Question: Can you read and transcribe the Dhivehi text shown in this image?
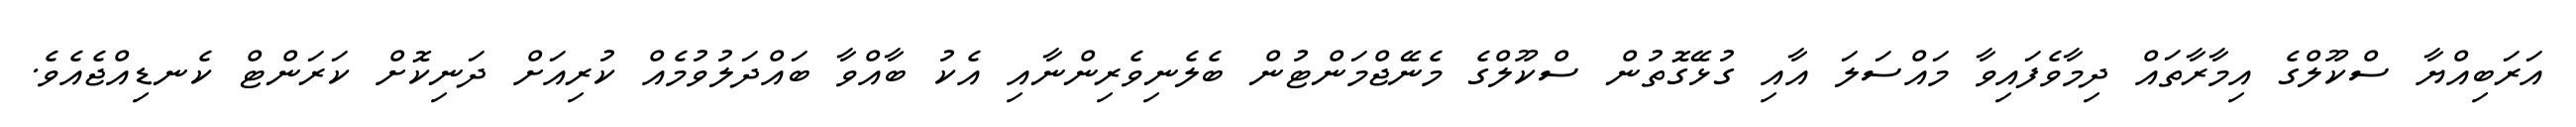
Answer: އަރަބިއްޔާ ސްކޫލްގެ އިމާރާތައް ދިމާވެފައިވާ މައްސަލަ އާއި ގުޅޭގޮތުން ސްކޫލްގެ މެނޭޖްމަންޓުން ބެލެނިވެރިންނާއި އެކު ބާއްވާ ބައްދަލުވުމެއް ކުރިއަށް ދަނިކޮށް ކަރަންޓް ކެނޑިއްޖެއެވެ.